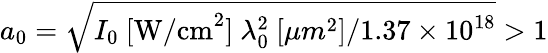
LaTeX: a_{0}=\sqrt{I_{0}\ [\textrm{W/cm}^{2}]\ \lambda_{0}^{2}\ [\mu m^{2}]/1.37\times 10^{18}}>1